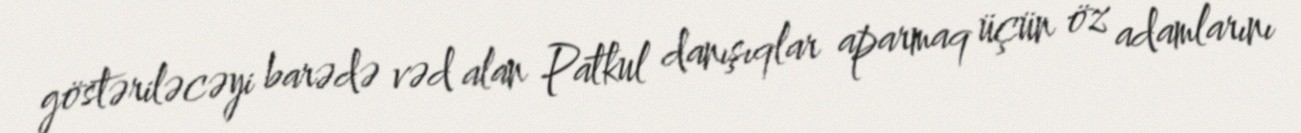
göstəriləcəyi barədə vəd alan Patkul danışıqlar aparmaq üçün öz adamlarını